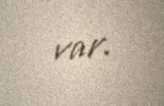
var.